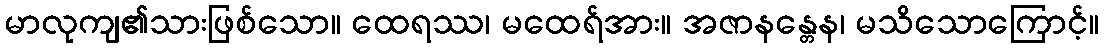
မာလုကျ၏သားဖြစ်သော။ ထေရဿ၊ မထေရ်အား။ အဇာနန္တေန၊ မသိသောကြောင့်။